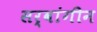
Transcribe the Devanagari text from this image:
सर्वांगीन